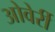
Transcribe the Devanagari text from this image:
ओवेर्री